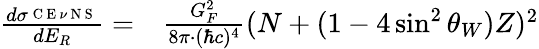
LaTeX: \begin{array}{rl}{\frac{d\sigma^{_{\mathrm{~C~E~}\nu\mathrm{~N~S~}}}}{dE_{R}}=}&{{}\frac{G_{F}^{2}}{8\pi\cdot(\hbar c)^{4}}(N+(1-4\sin^{2}\theta_{W})Z)^{2}}\end{array}